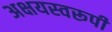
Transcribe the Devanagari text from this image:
अक्षयस्वरूपी